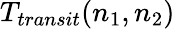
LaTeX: T_{transit}(n_{1},n_{2})